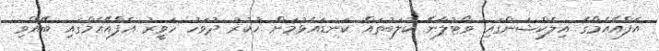
އެފްއޭއެމްގެ އިލެކްޝަންގައި ވޯޓުލާނޭ ކުލަބުތައް ކަނޑައެޅުމަށް ހުކުރު ދުވަހު ހަވީރު އެފްއޭއެމްގައި ބޭއްވި